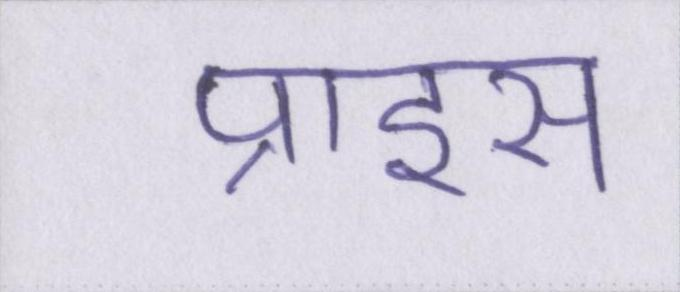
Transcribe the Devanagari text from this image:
प्राइस